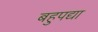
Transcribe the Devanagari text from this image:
बहुपद्या